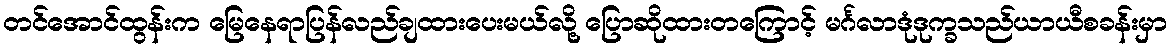
တင်အောင်ထွန်းက မြေနေရာပြန်လည်ချထားပေးမယ်လို့ ပြောဆိုထားတကြောင့် မင်္ဂလာဒုံဒုက္ခသည်ယာယီစခန်းမှာ